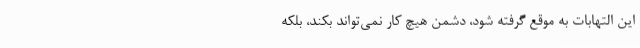
این التهابات به موقع گرفته شود، دشمن هیچ کار نمی‌تواند بکند، بلکه